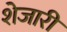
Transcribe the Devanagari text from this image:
शेजारीं